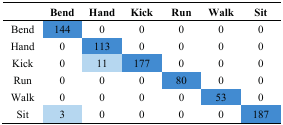
<table><thead><tr><td></td><td><b>Bend</b></td><td><b>Hand</b></td><td><b>Kick</b></td><td><b>Run</b></td><td><b>Walk</b></td><td><b>Sit</b></td></tr></thead><tbody><tr><td>Bend</td><td>144</td><td>0</td><td>0</td><td>0</td><td>0</td><td>0</td></tr><tr><td>Hand</td><td>0</td><td>113</td><td>0</td><td>0</td><td>0</td><td>0</td></tr><tr><td>Kick</td><td>0</td><td>11</td><td>177</td><td>0</td><td>0</td><td>0</td></tr><tr><td>Run</td><td>0</td><td>0</td><td>0</td><td>80</td><td>0</td><td>0</td></tr><tr><td>Walk</td><td>0</td><td>0</td><td>0</td><td>0</td><td>53</td><td>0</td></tr><tr><td>Sit</td><td>3</td><td>0</td><td>0</td><td>0</td><td>0</td><td>187</td></tr></tbody></table>